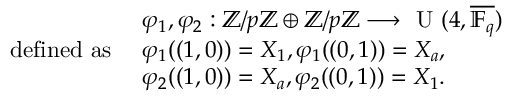
\begin{array} { r l } & { \varphi _ { 1 } , \varphi _ { 2 } : \ensuremath { \mathbb { Z } } / p \ensuremath { \mathbb { Z } } \oplus \ensuremath { \mathbb { Z } } / p \ensuremath { \mathbb { Z } } \longrightarrow \textup { U } ( 4 , \overline { { \mathbb { F } _ { q } } } ) } \\ { \mathrm { d e f i n e d ~ a s ~ } } & { \varphi _ { 1 } ( ( 1 , 0 ) ) = X _ { 1 } , \varphi _ { 1 } ( ( 0 , 1 ) ) = X _ { a } , } \\ & { \varphi _ { 2 } ( ( 1 , 0 ) ) = X _ { a } , \varphi _ { 2 } ( ( 0 , 1 ) ) = X _ { 1 } . } \end{array}